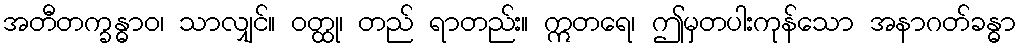
အတီတက္ခန္ဓာဝ၊ သာလျှင်။ ဝတ္ထု၊ တည် ရာတည်း။ ဣတရေ၊ ဤမှတပါးကုန်သော အနာဂတ်ခန္ဓာ